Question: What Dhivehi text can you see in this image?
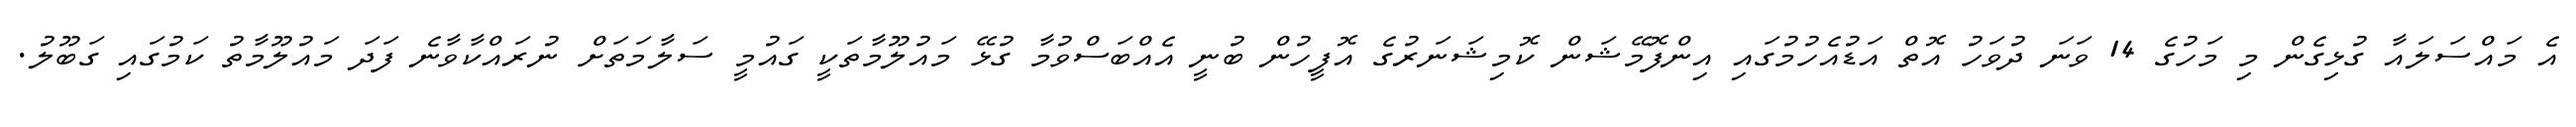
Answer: އެ މައްސަލައާ ގުޅިގެން މި މަހުގެ 14 ވަނަ ދުވަހު އޮތް އަޑުއެހުމުގައި އިންފޮމޭޝަން ކޮމިޝަނަރުގެ އޮފީހުން ބުނީ އެއްބަސްވުމާ ގުޅޭ މައުލޫމާތަކީ ގައުމީ ސަލާމަތަށް ނުރައްކާވާނެ ފަދަ މައުލޫމާތު ކަމުގައި ގަބޫލު.